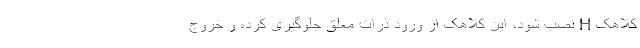
کلاهک H نصب شود، این کلاهک از ورود ذرات معلق جلوگیری کرده و خروج